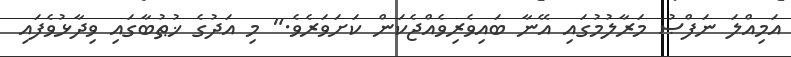
އަމިއްލަ ނަފްޞު މަރާލުމުގައި އޭނާ ބައިވެރިވެއްޖެކަން ކަށަވަރެވެ." މި އަދުގެ ޚުޠުބާގައި ވިދާޅުވެފައި